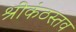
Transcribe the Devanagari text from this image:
श्रीकंठस्तव